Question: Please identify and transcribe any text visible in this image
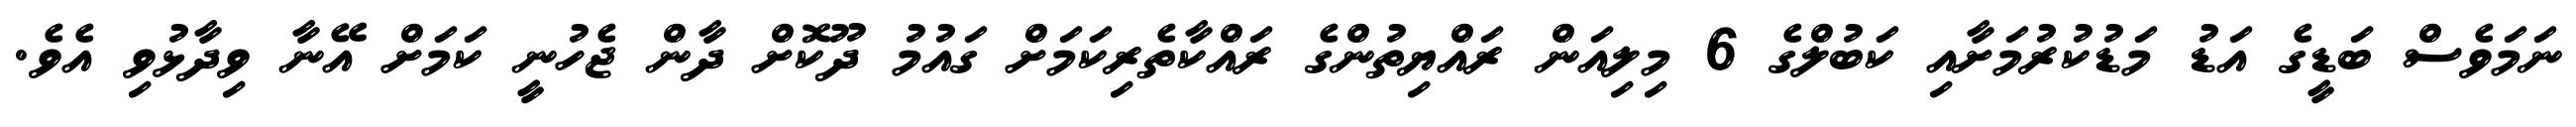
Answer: ނަމަވެސް ބަޑީގެ އަޑު މަޑުކުރުމަށާއި ކަބުލްގެ 6 މިލިއަން ރައްޔިތުންގެ ރައްކާތެރިކަމަށް ގައުމު ދޫކޮށް ދާން ޖެހުނީ ކަމަށް އޭނާ ވިދާޅުވި އެވެ.